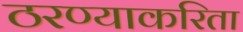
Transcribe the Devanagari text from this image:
ठरण्याकरिता